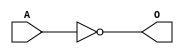
module MSCINVD5 (O,A);
    output O;
    input A;
        not             U_1     ( O , A);
endmodule